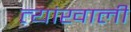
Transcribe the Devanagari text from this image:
त्यांखाली